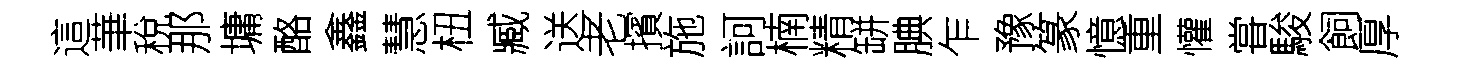
這華稅那墉酪鑫慧杻臧送老擯施訶楠精缾腆乍豫篆憶重懽甞駿飼厚